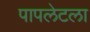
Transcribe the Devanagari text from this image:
पापलेटला